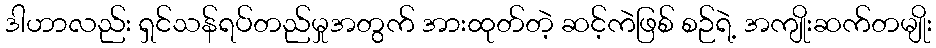
ဒါဟာလည်း ရှင်သန်ရပ်တည်မှုအတွက် အားထုတ်တဲ့ ဆင့်ကဲဖြစ် စဉ်ရဲ့ အကျိုးဆက်တမျိုး